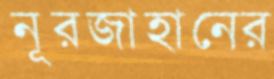
নূরজাহানের